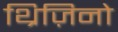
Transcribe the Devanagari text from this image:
थ्रिज़िनो